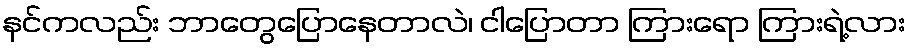
နင်ကလည်း ဘာတွေပြောနေတာလဲ၊ ငါပြောတာ ကြားရော ကြားရဲ့လား